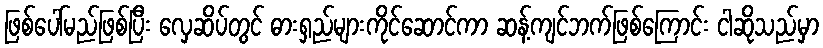
ဖြစ်ပေါ်မည်ဖြစ်ပြီး လှေဆိပ်တွင် ဓားရှည်များကိုင်ဆောင်ကာ ဆန့်ကျင်ဘက်ဖြစ်ကြောင်း ငါဆိုသည်မှာ